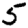
Digit: 5